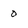
Character: 0